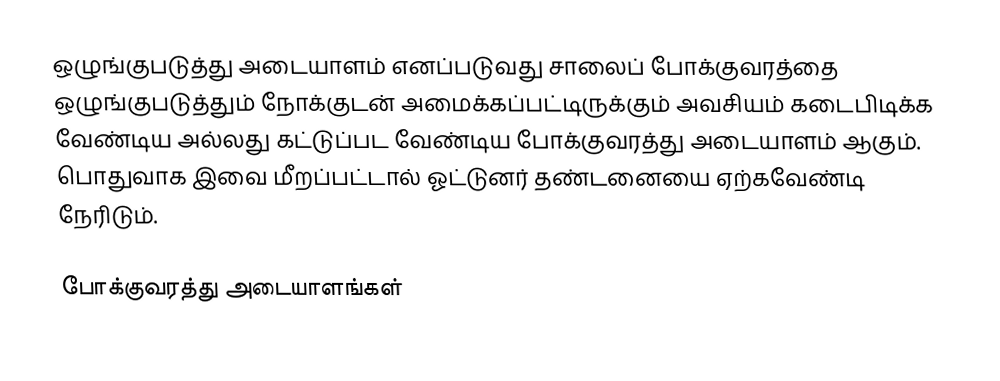
ஒழுங்குபடுத்து அடையாளம் எனப்படுவது சாலைப் போக்குவரத்தை ஒழுங்குபடுத்தும் நோக்குடன் அமைக்கப்பட்டிருக்கும் அவசியம் கடைபிடிக்க வேண்டிய அல்லது கட்டுப்பட வேண்டிய போக்குவரத்து அடையாளம் ஆகும்.  பொதுவாக இவை மீறப்பட்டால் ஓட்டுனர் தண்டனையை ஏற்கவேண்டி நேரிடும்.

போக்குவரத்து அடையாளங்கள்